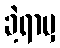
ခဲ့ရာမှ